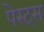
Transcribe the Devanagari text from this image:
पेस्ट्स